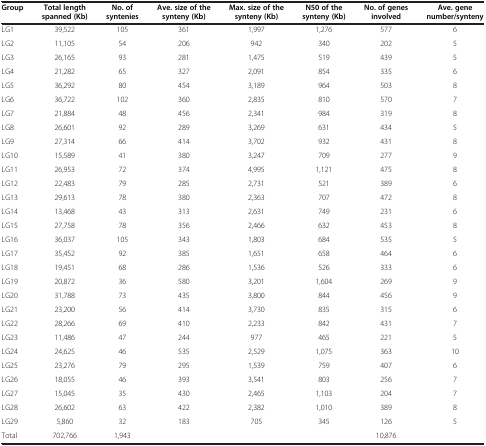
<table><thead><tr><td><b>Group</b></td><td><b>Total length spanned (Kb)</b></td><td><b>No. of syntenies</b></td><td><b>Ave. size of the synteny (Kb)</b></td><td><b>Max. size of the synteny (Kb)</b></td><td><b>N50 of the synteny (Kb)</b></td><td><b>No. of genes involved</b></td><td><b>Ave. gene number/synteny</b></td></tr></thead><tbody><tr><td>LG1</td><td>39,522</td><td>105</td><td>361</td><td>1,997</td><td>1,276</td><td>577</td><td>6</td></tr><tr><td>LG2</td><td>11,105</td><td>54</td><td>206</td><td>942</td><td>340</td><td>202</td><td>5</td></tr><tr><td>LG3</td><td>26,165</td><td>93</td><td>281</td><td>1,475</td><td>519</td><td>439</td><td>5</td></tr><tr><td>LG4</td><td>21,282</td><td>65</td><td>327</td><td>2,091</td><td>854</td><td>335</td><td>6</td></tr><tr><td>LG5</td><td>36,292</td><td>80</td><td>454</td><td>3,189</td><td>964</td><td>503</td><td>8</td></tr><tr><td>LG6</td><td>36,722</td><td>102</td><td>360</td><td>2,835</td><td>810</td><td>570</td><td>7</td></tr><tr><td>LG7</td><td>21,884</td><td>48</td><td>456</td><td>2,341</td><td>984</td><td>319</td><td>8</td></tr><tr><td>LG8</td><td>26,601</td><td>92</td><td>289</td><td>3,269</td><td>631</td><td>434</td><td>5</td></tr><tr><td>LG9</td><td>27,314</td><td>66</td><td>414</td><td>3,702</td><td>932</td><td>431</td><td>8</td></tr><tr><td>LG10</td><td>15,589</td><td>41</td><td>380</td><td>3,247</td><td>709</td><td>277</td><td>9</td></tr><tr><td>LG11</td><td>26,953</td><td>72</td><td>374</td><td>4,995</td><td>1,121</td><td>475</td><td>8</td></tr><tr><td>LG12</td><td>22,483</td><td>79</td><td>285</td><td>2,731</td><td>521</td><td>389</td><td>6</td></tr><tr><td>LG13</td><td>29,613</td><td>78</td><td>380</td><td>2,363</td><td>707</td><td>472</td><td>8</td></tr><tr><td>LG14</td><td>13,468</td><td>43</td><td>313</td><td>2,631</td><td>749</td><td>231</td><td>6</td></tr><tr><td>LG15</td><td>27,758</td><td>78</td><td>356</td><td>2,466</td><td>632</td><td>453</td><td>8</td></tr><tr><td>LG16</td><td>36,037</td><td>105</td><td>343</td><td>1,803</td><td>684</td><td>535</td><td>5</td></tr><tr><td>LG17</td><td>35,452</td><td>92</td><td>385</td><td>1,651</td><td>658</td><td>464</td><td>6</td></tr><tr><td>LG18</td><td>19,451</td><td>68</td><td>286</td><td>1,536</td><td>526</td><td>333</td><td>6</td></tr><tr><td>LG19</td><td>20,872</td><td>36</td><td>580</td><td>3,201</td><td>1,604</td><td>269</td><td>9</td></tr><tr><td>LG20</td><td>31,788</td><td>73</td><td>435</td><td>3,800</td><td>844</td><td>456</td><td>9</td></tr><tr><td>LG21</td><td>23,200</td><td>56</td><td>414</td><td>3,730</td><td>835</td><td>315</td><td>6</td></tr><tr><td>LG22</td><td>28,266</td><td>69</td><td>410</td><td>2,233</td><td>842</td><td>431</td><td>7</td></tr><tr><td>LG23</td><td>11,486</td><td>47</td><td>244</td><td>977</td><td>465</td><td>221</td><td>5</td></tr><tr><td>LG24</td><td>24,625</td><td>46</td><td>535</td><td>2,529</td><td>1,075</td><td>363</td><td>10</td></tr><tr><td>LG25</td><td>23,276</td><td>79</td><td>295</td><td>1,539</td><td>759</td><td>407</td><td>6</td></tr><tr><td>LG26</td><td>18,055</td><td>46</td><td>393</td><td>3,541</td><td>803</td><td>256</td><td>7</td></tr><tr><td>LG27</td><td>15,045</td><td>35</td><td>430</td><td>2,465</td><td>1,103</td><td>204</td><td>7</td></tr><tr><td>LG28</td><td>26,602</td><td>63</td><td>422</td><td>2,382</td><td>1,010</td><td>389</td><td>8</td></tr><tr><td>LG29</td><td>5,860</td><td>32</td><td>183</td><td>705</td><td>345</td><td>126</td><td>5</td></tr><tr><td>Total</td><td>702,766</td><td>1,943</td><td> </td><td> </td><td> </td><td>10,876</td><td> </td></tr></tbody></table>